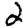
Digit: 2